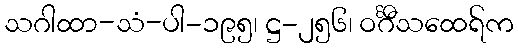
သဂါထာ-သံ-ပါ-၁၉၅၊ ဋ္ဌ-၂၅၆၊ ဝင်္ဂီသထေရ်က